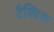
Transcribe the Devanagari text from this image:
टैक्टिक